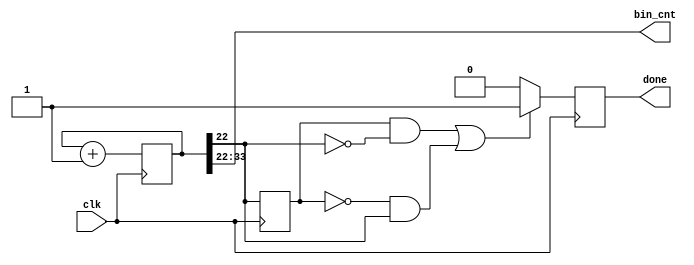
module example_count(
	 input				clk,
	 output				done,
	 output	[11:0]	bin_cnt
    );

parameter c_reg_size = 34;

reg [c_reg_size - 1:0]	count = 0;
reg 							fin	= 0;
reg 							old_b	= 0;

always @(posedge clk)
	begin
	count <= count + 1;
	if((old_b && !count[c_reg_size - 12]) || (!old_b && count[c_reg_size - 12]))
		begin
		fin <= 1;
		end
	else
		begin
		fin <= 0;
		end
	old_b <= count[c_reg_size - 12];
	end
	

assign bin_cnt = count[c_reg_size - 1: c_reg_size - 12];
assign done		= fin;
endmodule